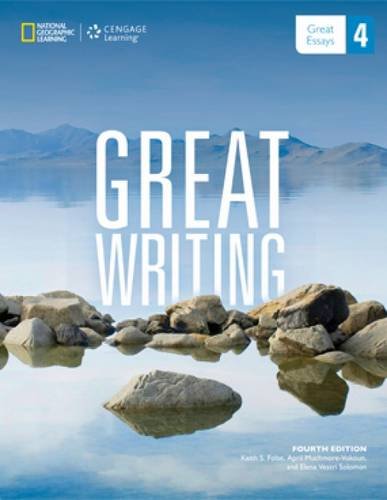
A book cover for Great Writing 4: From Great Paragraphs to Great Essays; Keith S. Folse; Reference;